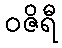
ဝဇိရီ